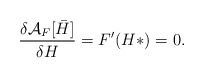
\begin{align*}\frac{\delta {\cal A}_F [{{\bar H}}]}{\delta H} = F^{\prime}(H*) =0.\end{align*}